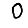
Digit: 0